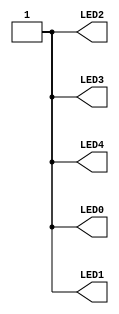
//------------------------------------------------------------------
//-- Hello world example
//-- Turn on all the leds
//-- This example has been tested on the following boards:
//--   * Lattice icestick
//--   * Icezum alhambra (https://github.com/FPGAwars/icezum)
//------------------------------------------------------------------

module leds(output wire LED0,
            output wire LED1,
            output wire LED2,
            output wire LED3,
            output wire LED4);

assign LED0 = 1'b1;
assign LED1 = 1'b1;
assign LED2 = 1'b1;
assign LED3 = 1'b1;
assign LED4 = 1'b1;

endmodule